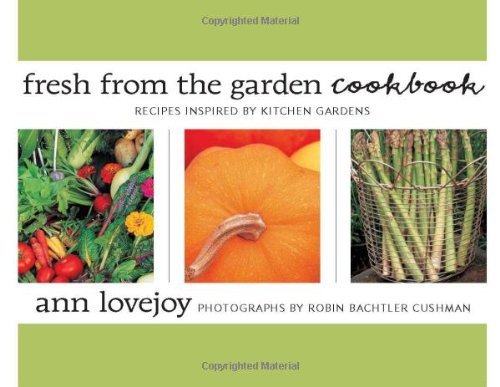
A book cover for Fresh from the Garden Cookbook: Recipes Inspired by Kitchen Gardens; Ann Lovejoy; Cookbooks, Food & Wine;